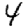
Digit: 4